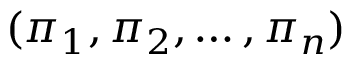
( \pi _ { 1 } , \pi _ { 2 } , \ldots , \pi _ { n } )